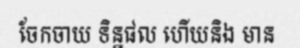
ចែកចាយ ទិន្នផល ហើយនិង មាន